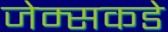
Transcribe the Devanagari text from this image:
जेम्सकडे